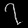
Digit: ၇